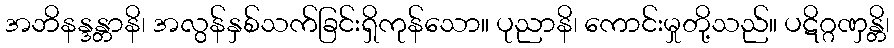
အဘိနန္ဒန္တာနိ၊ အလွန်နှစ်သက်ခြင်းရှိကုန်သော။ ပုညာနိ၊ ကောင်းမှုတို့သည်။ ပဋိဂ္ဂဏှန္တိ၊